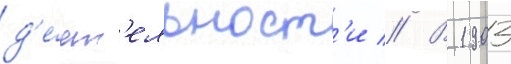
д'е́ят'ельност'и // В 1903